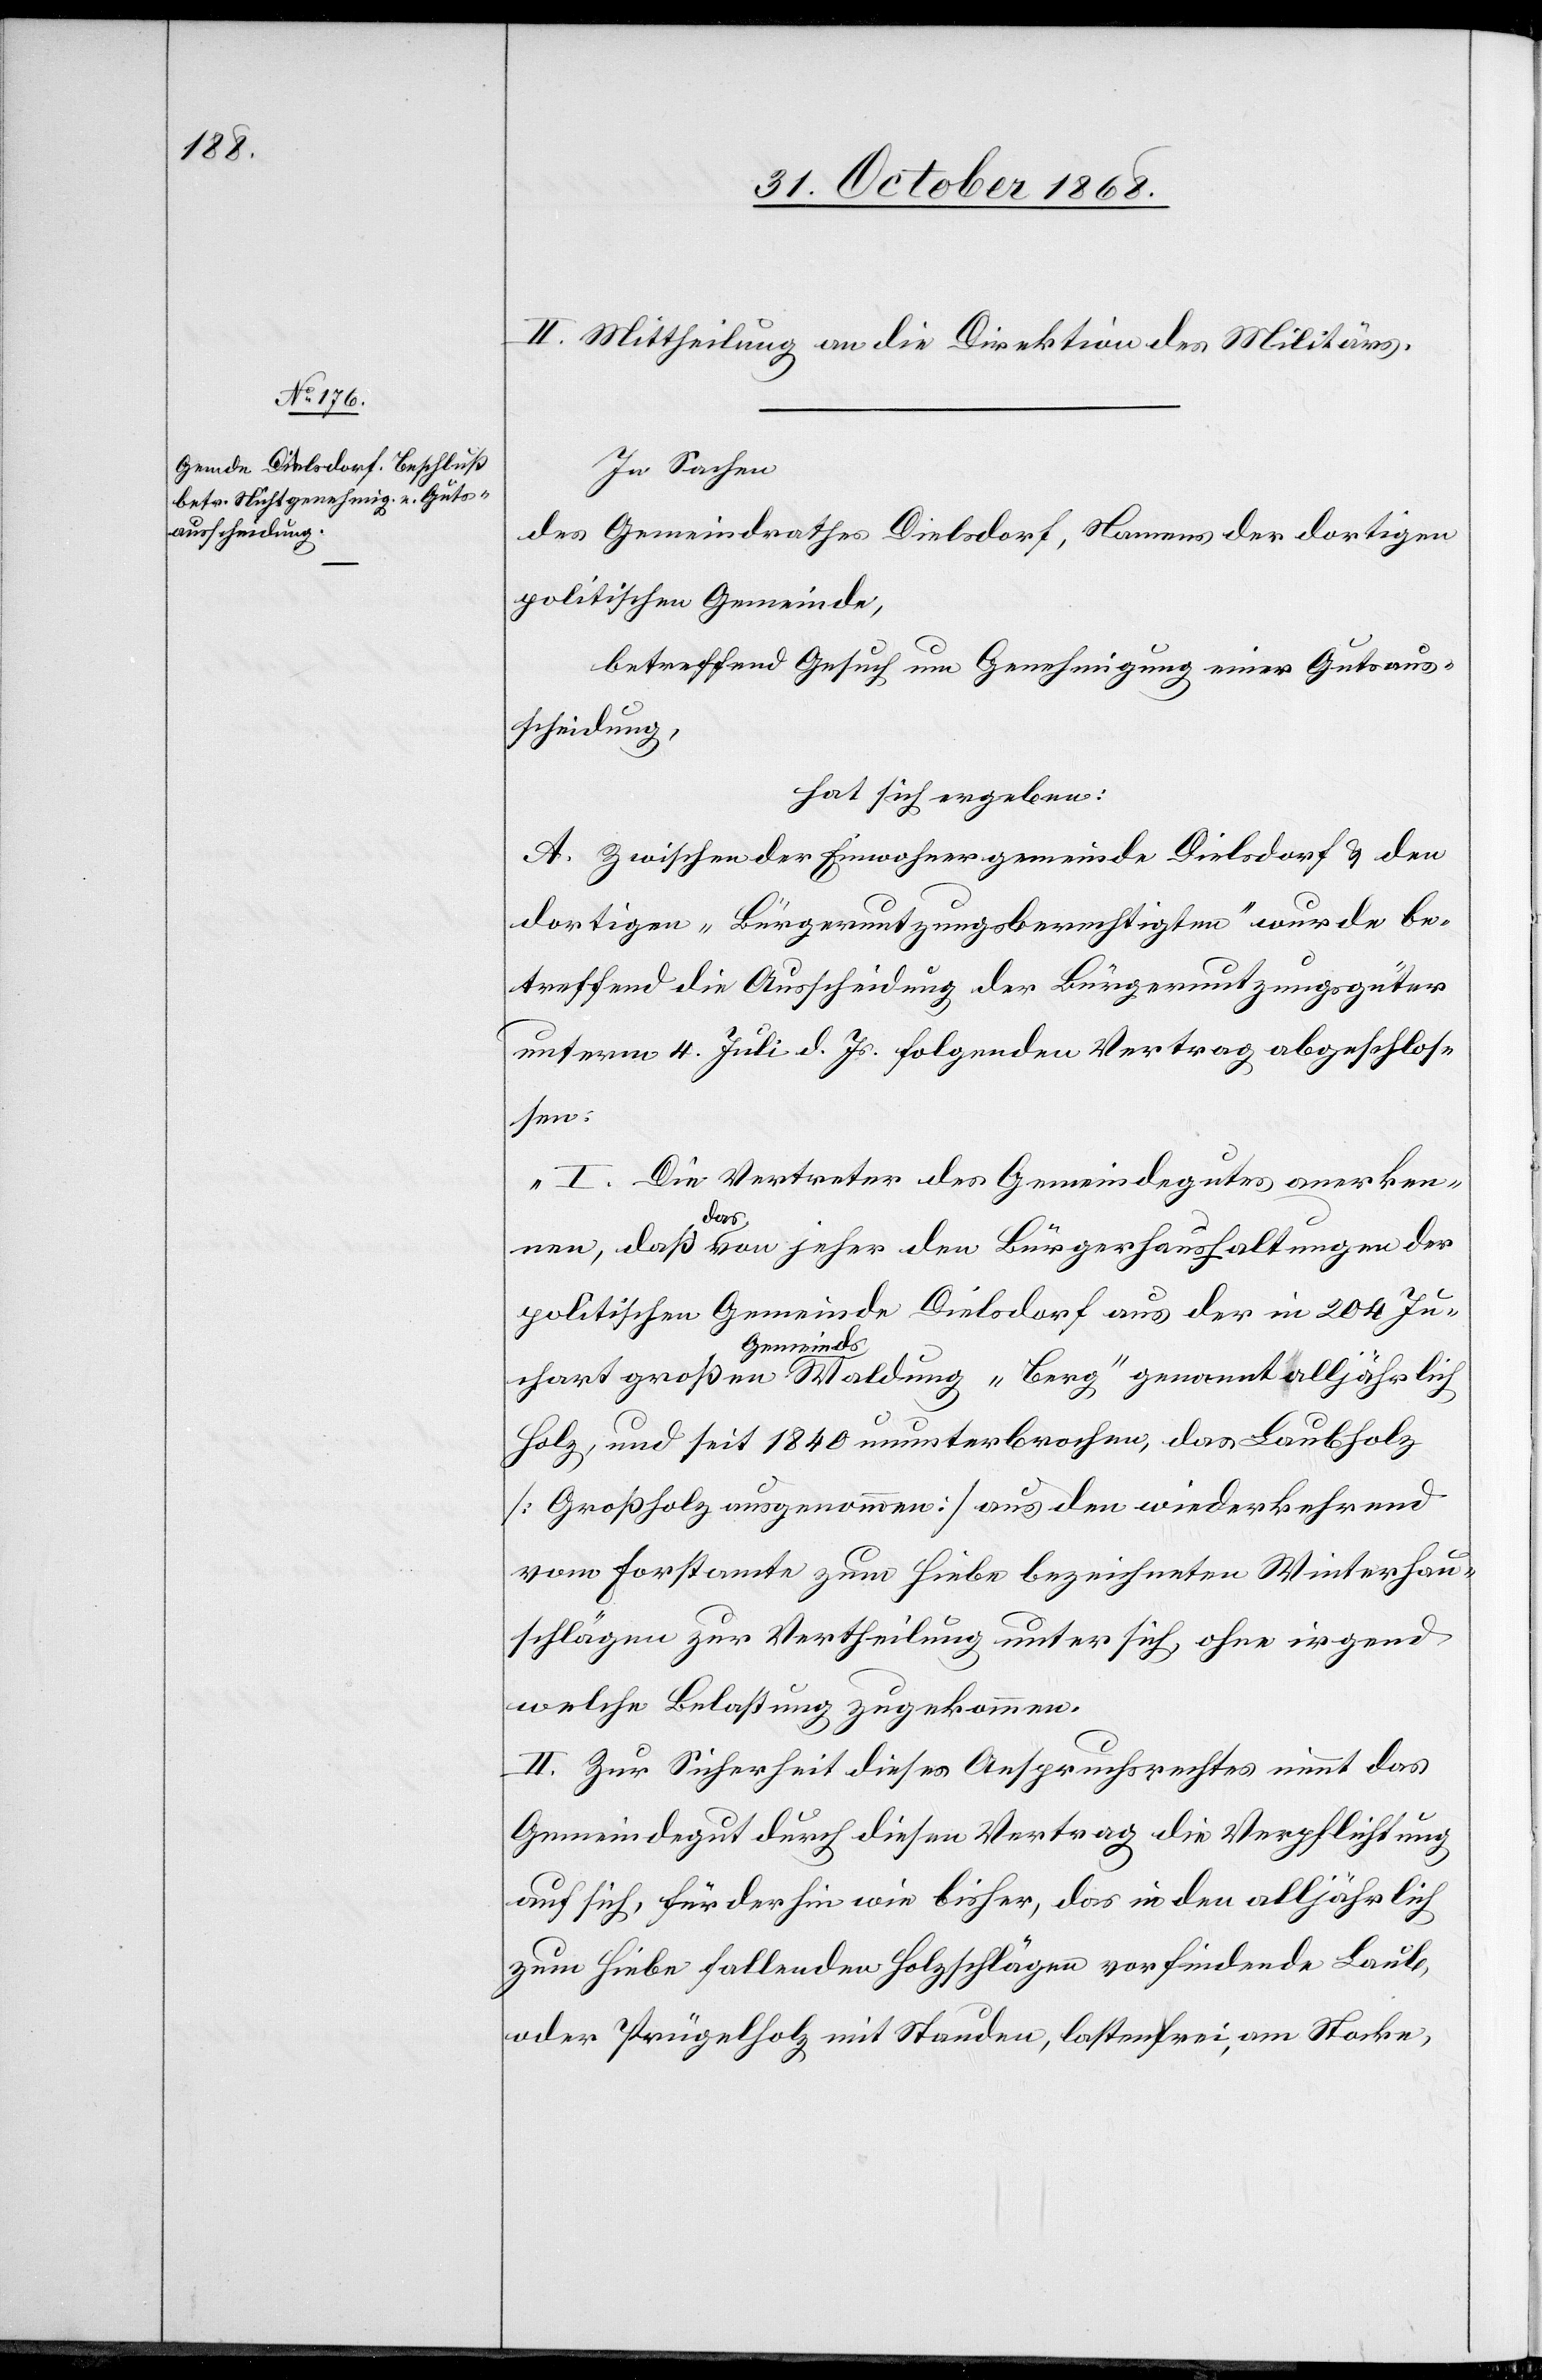
II. Mittheilung an die Direktion des Militärs.
In Sachen
des Gemeindrathes Dielsdorf, Namens der dortigen
politischen Gemeinde,
betreffend Gesuch um Genehmigung einer Gutsaus¬
scheidung,
hat sich ergeben:
A. Zwischen der Einwohnergemeinde Dielsdorf & den
dortigen „Bürgernutzungsberechtigten“ wurde be¬
treffend die Ausscheidung der Bürgernutzungsgüter
unterm 4. Juli d. Js. folgenden Vertrag abgeschlos¬
sen:
„I. Die Vertreter des Gemeindegutes anerken¬
nen, daß das von jeher den Bürgerhaushaltungen der
politischen Gemeinde Dielsdorf aus der in 204 Ju¬
chart großen Gemeinds-Waldung „Berg“ genannt alljährlich
Holz, und seit 1840 ununterbrochen, das Laubholz
[Großholz ausgenommen] aus den wiederkehrend
vom Forstamte zum Hiebe bezeichneten Winterhau¬
schlägen zur Vertheilung unter sich, ohne irgend
welche Belastung zugekommen.
II. zur Sicherheit dieses Anspruchsrechtes nimmt das
Gemeindegut durch diesen Vertrag die Verpflichtung
auf sich, fürderhin wie bisher, das in den alljährlich
zum Hiebe fallenden Holzschlägen vorfindende Laub,
oder Prügelholz mit Stauden, lastenfrei, am Stocke,